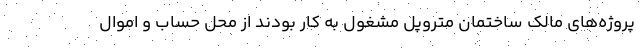
پروژه‌های مالک ساختمان متروپل مشغول به کار بودند از محل حساب و اموال